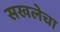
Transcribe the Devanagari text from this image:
सखलेचा